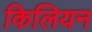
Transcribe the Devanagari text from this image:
किलियन